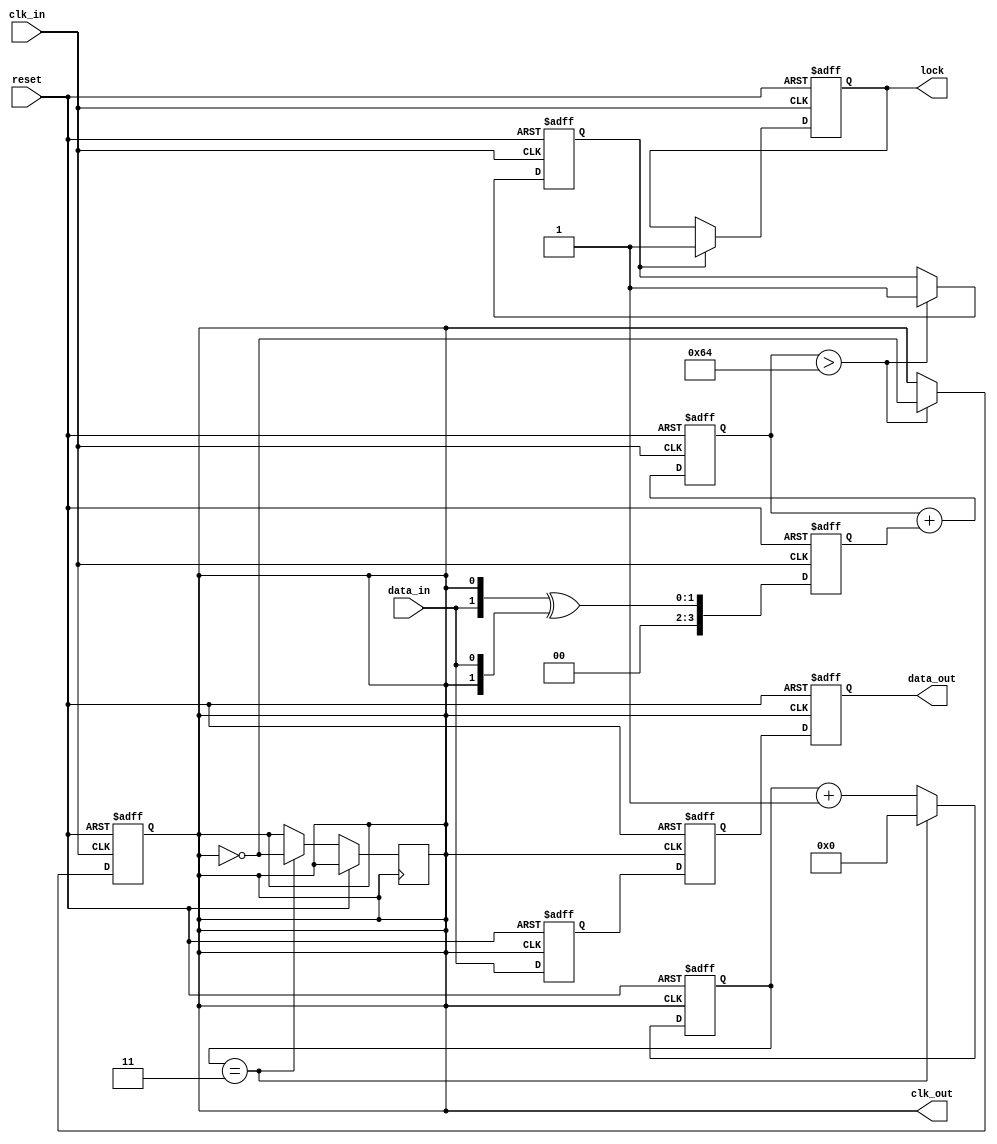
module pll_synchronizer (
    input wire clk_in,         // Incoming clock signal
    input wire data_in,        // Incoming data signal
    input wire reset,          // Asynchronous reset signal
    output reg clk_out,        // Synchronized output clock
    output reg data_out,       // Synchronized output data
    output reg lock            // Lock signal
);

// Parameters
parameter N = 4;              // Divider factor
parameter PHASE_DETECTOR_WIDTH = 4; // Width of phase detector output
parameter FILTER_WIDTH = 8;   // Width of loop filter output
parameter VCO_MAX_FREQ = 100; // Max frequency of VCO (arbitrary unit)

// Internal signals
reg [PHASE_DETECTOR_WIDTH-1:0] phase_error; // Phase error signal
reg [FILTER_WIDTH-1:0] control_signal;       // Control signal from loop filter
reg [FILTER_WIDTH-1:0] vco_output;           // VCO output
reg [N-1:0] clk_divider;                      // Clock divider counter
reg [1:0] sync_stage [1:0];                  // Synchronization stages
reg vco_locked;                               // VCO lock status

// Phase Detector
always @(posedge clk_in or posedge reset) begin
    if (reset) begin
        phase_error <= 0;
    end else begin
        // Simple phase detection logic (for illustration)
        phase_error <= {data_in, clk_out} ^ {clk_out, data_in};
    end
end

// Loop Filter (Simple Integrator)
always @(posedge clk_in or posedge reset) begin
    if (reset) begin
        control_signal <= 0;
    end else begin
        control_signal <= control_signal + phase_error; // Simple integrator
    end
end

// Voltage-Controlled Oscillator (VCO)
always @(posedge clk_in or posedge reset) begin
    if (reset) begin
        vco_output <= 0;
        clk_out <= 0;
        vco_locked <= 0;
    end else begin
        // Adjust VCO output based on control signal
        if (control_signal > VCO_MAX_FREQ) begin
            clk_out <= ~clk_out; // Toggle output clock
            vco_locked <= 1;      // Indicate VCO is locked
        end
    end
end

// Clock Divider
always @(posedge clk_out or posedge reset) begin
    if (reset) begin
        clk_divider <= 0;
    end else begin
        clk_divider <= clk_divider + 1;
        if (clk_divider == (N-1)) begin
            clk_divider <= 0;
            clk_out <= ~clk_out; // Generate divided clock
        end
    end
end

// Data Sampling and Synchronization
always @(posedge clk_out or posedge reset) begin
    if (reset) begin
        sync_stage[0] <= 0;
        sync_stage[1] <= 0;
        data_out <= 0;
    end else begin
        sync_stage[0] <= data_in; // First stage
        sync_stage[1] <= sync_stage[0]; // Second stage
        data_out <= sync_stage[1]; // Output synchronized data
    end
end

// Lock Detection
always @(posedge clk_in or posedge reset) begin
    if (reset) begin
        lock <= 0;
    end else begin
        // Simple lock detection logic
        if (vco_locked) begin
            lock <= 1; // Indicate lock achieved
        end
    end
end

endmodule